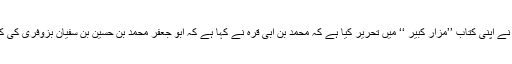
(۳۶) محمد بن مشہدی نے اپنی کتاب ’’مزار کبیر ‘‘ میں تحریر کیا ہے کہ محمد بن ابی قرّہ نے کہا ہے کہ ابو جعفر محمد بن حسین بن سفیان بزوفری کی کتاب سے نقل ہو ا ہے ۔